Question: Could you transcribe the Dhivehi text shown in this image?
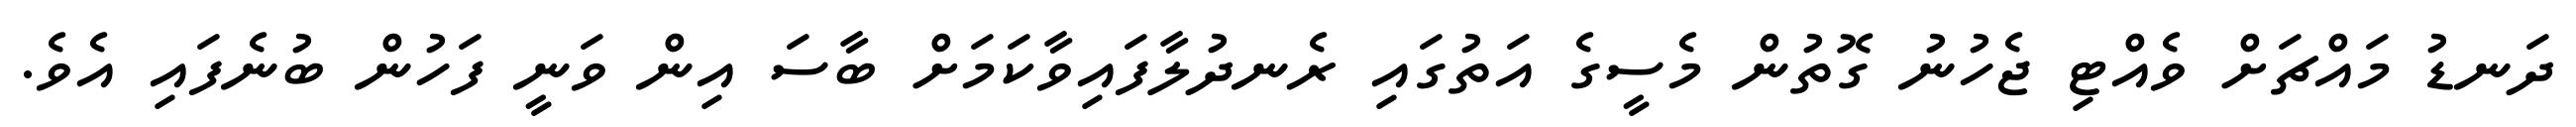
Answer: ދަނޑު މައްޗަށް ވެއްޓި ޖެހުނު ގޮތުން މެސީގެ އަތުގައި ރެނދުލާފައިވާކަމަށް ބާސަ އިން ވަނީ ފަހުން ބުނެފައި އެވެ.